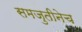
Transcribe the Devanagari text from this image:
समजुतीनेच